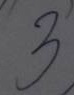
3